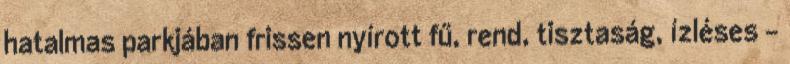
hatalmas parkjában frissen nyírott fű, rend, tisztaság, ízléses –